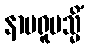
နာမရူပသ္မိံ